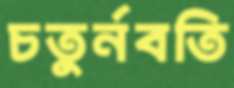
চতুর্নবতি